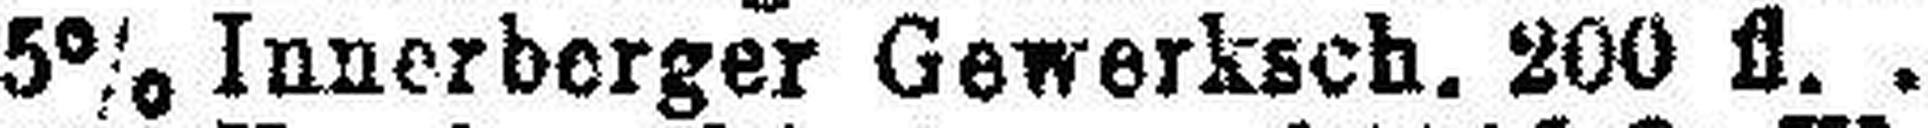
5% Innerberger Gewerksch. 200 fl.